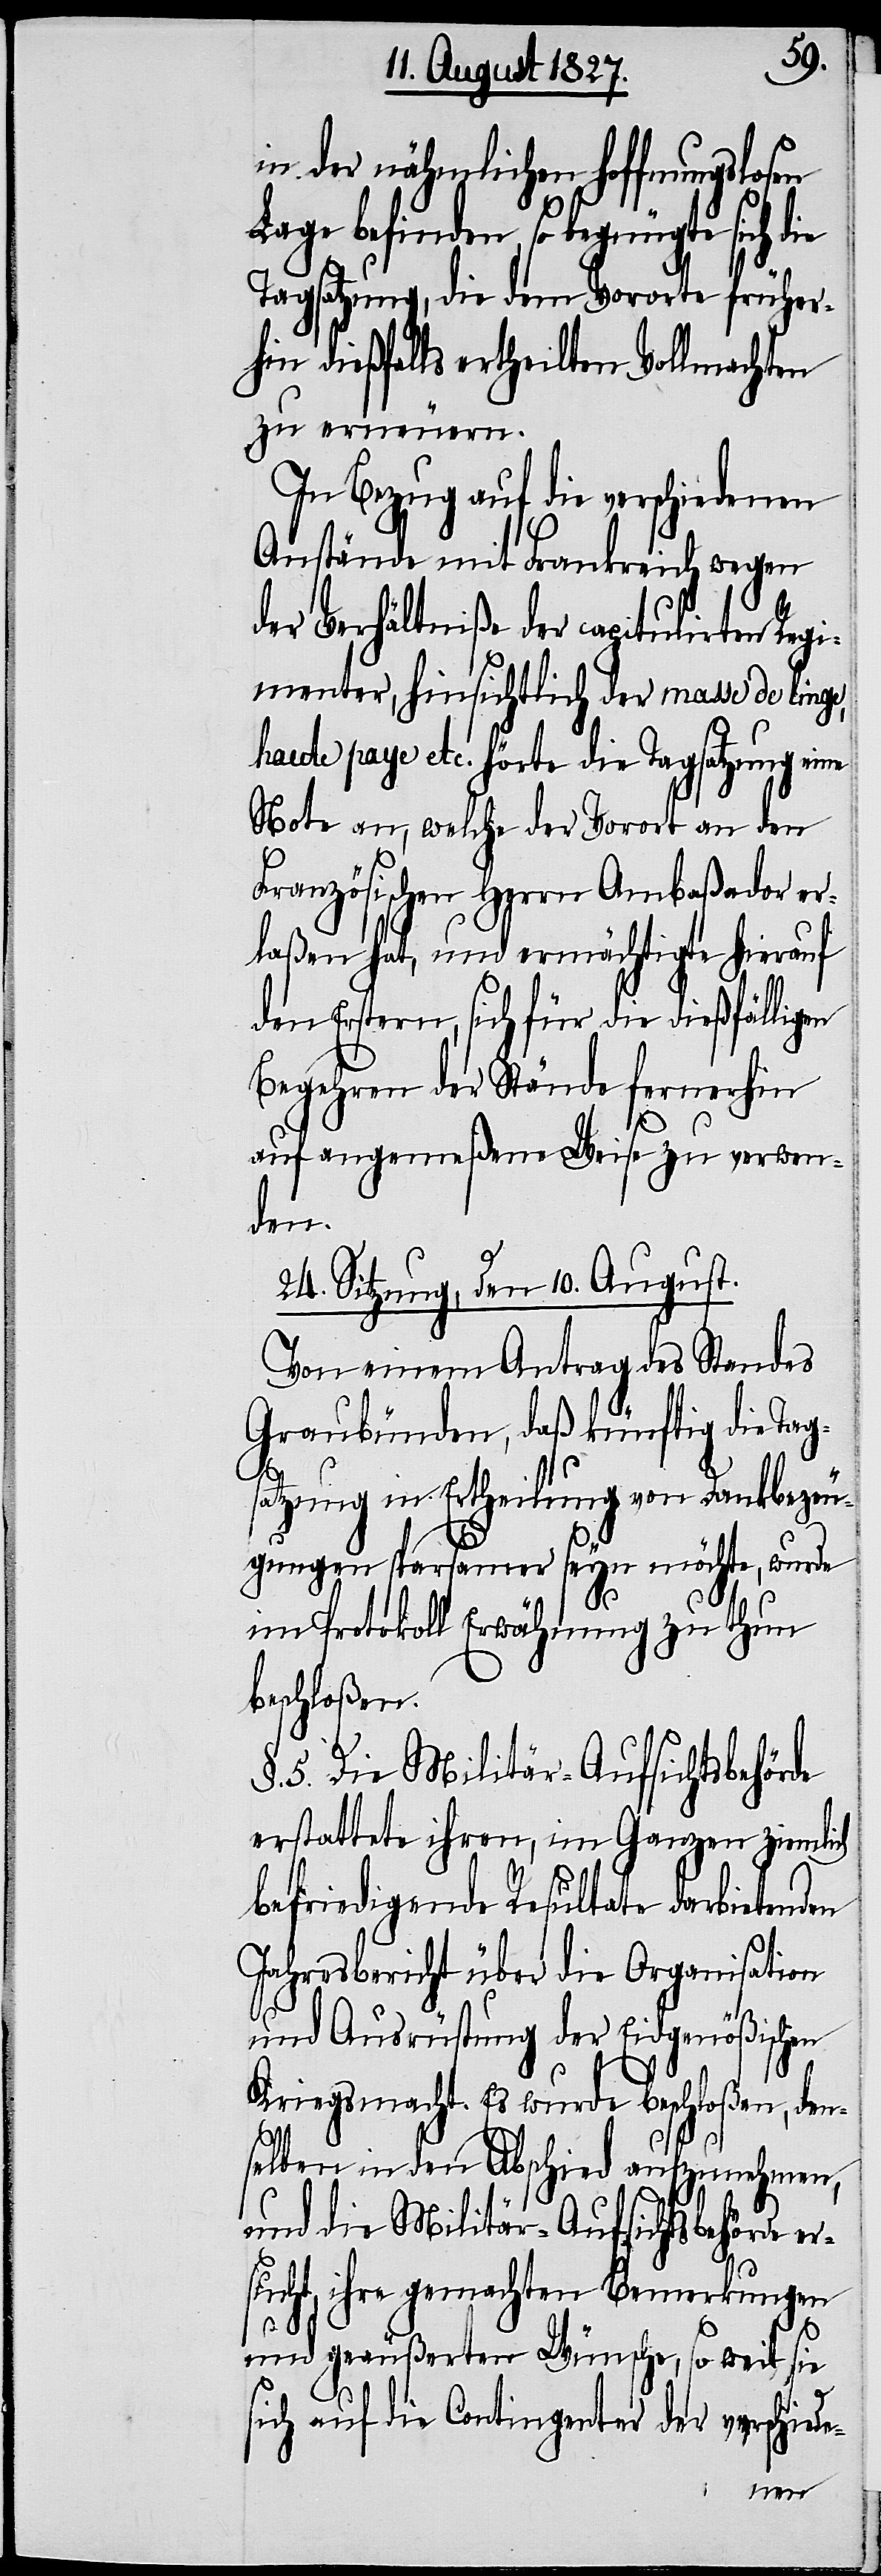
in der nähmlichen hoffnungslosen
Lage befinden, so begnügte si¬
Tagsatzung, die dem Vororte früher¬
hin dießfalls ertheilten Vollmachten
zu erneuern.
In Bezug auf die verschiedenen
Anstände mit Frankreich wegen
der Verhältniße der capitulirten Regi¬
menter, hinsichtlich der masse de linge,
haute paye etc. hörte die Tagsatzung eine
Note an, welche der Vorort an den
Französischen Herrn Ambaßador er¬
laßen hat, und ermächtigte hierauf
den Erstern, sich für die dießfälligen
Begehren der Stände fernerhin
ch
auf angemeßene Weise zu verwen¬
den.
24. Sitzung, den 10. August.
Von einem Antrag des Standes
Graubünden, daß künftig die Tag¬
die
satzung in Ertheilung von Dankbezeu¬
gungen sparsamer seyn möchte, wurde
im Protokoll Erwähnung zu thun
beschloßen.
§. 5. Die Militär-Aufsichtsbehörde
erstattete ihren, im Ganzen ziemlich
befriedigende Resultate darbietenden
Jahresbericht über die Organisation
und Ausrüstung der Eidgenößischen
Kriegsmacht. Es wurde beschloßen, den¬
selben in den Abschied aufzunehmen,
und die Militär-Aufsichtsbehörde er¬
sucht, ihre gemachten Bemerkungen
und geäußerten Wünsche, so weit sie
sich auf die Contingenter der verschiede-